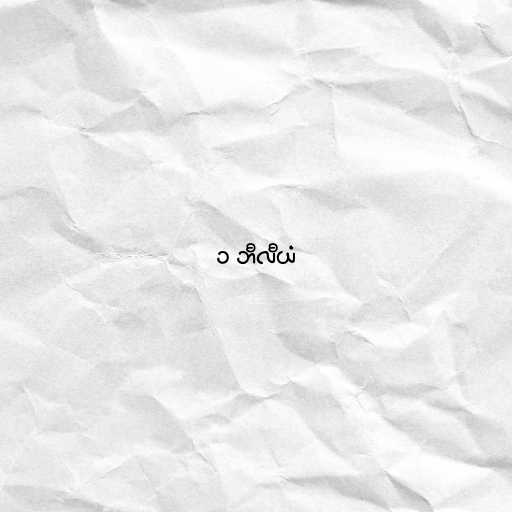
၁ ဘီလီယံ